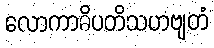
လောကာဓိပတိသဟဗျတံ